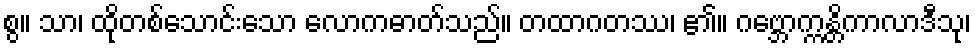
စွ။ သာ၊ ထိုတစ်သောင်းသော လောကဓာတ်သည်။ တထာဂတဿ၊ ၏။ ဂဗ္ဘောက္ကန္တိကာလာဒီသု၊